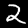
Digit: 2